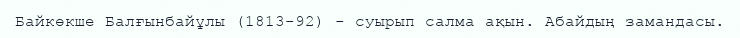
Байкөкше Балғынбайұлы (1813-92) - суырып салма ақын. Абайдың замандасы.